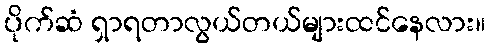
ပိုက်ဆံ ရှာရတာလွယ်တယ်များထင်နေလား။